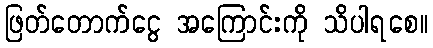
ဖြတ်တောက်ငွေ အကြောင်းကို သိပါရစေ။